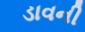
ડાવની